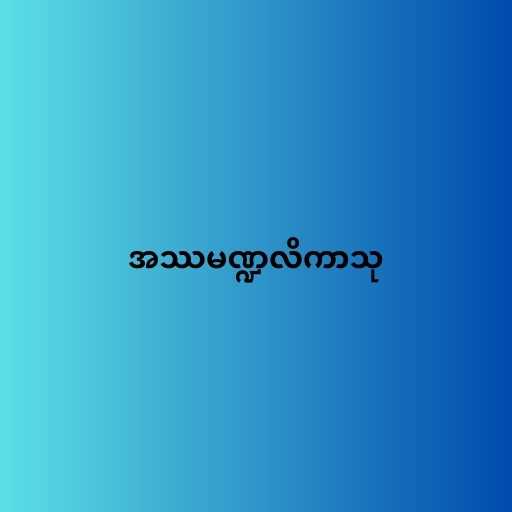
အဿမဏ္ဍလိကာသု